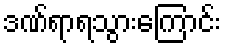
ဒဏ်ရာရသွားကြောင်း